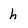
Character: h